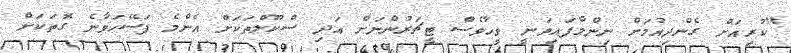
"ކުރިއަށް ގެންދިއުމަށް ނިންމާފައިވަނީ ވީހާވެސް ޓީޗަރުންނަށް އަދި ސްކޫލްތަކަށް އެންމެ ފަސޭހަވާނެ ގޮތަކަށް